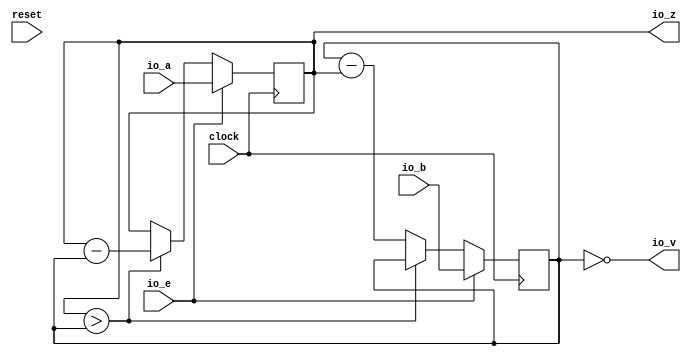
module GCD( // @[:@3.2]
  input         clock, // @[:@4.4]
  input         reset, // @[:@5.4]
  input  [15:0] io_a, // @[:@6.4]
  input  [15:0] io_b, // @[:@6.4]
  input         io_e, // @[:@6.4]
  output [15:0] io_z, // @[:@6.4]
  output        io_v // @[:@6.4]
);
`ifdef RANDOMIZE_REG_INIT
  reg [31:0] _RAND_0;
  reg [31:0] _RAND_1;
`endif // RANDOMIZE_REG_INIT
  reg [15:0] x; // @[GCD.scala 17:15:@11.4]
  reg [15:0] y; // @[GCD.scala 18:15:@12.4]
  wire  _T_9 = x > y; // @[GCD.scala 20:11:@13.4]
  wire [15:0] _T_12 = x - y; // @[GCD.scala 20:25:@17.6]
  wire  _T_14 = ~_T_9; // @[GCD.scala 20:16:@20.4]
  wire [15:0] _T_17 = y - x; // @[GCD.scala 21:25:@24.6]
  assign io_z = x;
  assign io_v = y == 16'h0; // @[GCD.scala 25:13:@32.4]
  always @(posedge clock) begin
    if (io_e) begin // @[GCD.scala 23:15:@27.4]
      x <= io_a;
    end else if (_T_9) begin // @[GCD.scala 20:16:@14.4]
      x <= _T_12;
    end
    if (io_e) begin // @[GCD.scala 23:15:@27.4]
      y <= io_b;
    end else if (_T_14) begin // @[GCD.scala 21:16:@21.4]
      y <= _T_17;
    end
  end
// Register and memory initialization
`ifdef RANDOMIZE_GARBAGE_ASSIGN
`define RANDOMIZE
`endif
`ifdef RANDOMIZE_INVALID_ASSIGN
`define RANDOMIZE
`endif
`ifdef RANDOMIZE_REG_INIT
`define RANDOMIZE
`endif
`ifdef RANDOMIZE_MEM_INIT
`define RANDOMIZE
`endif
`ifndef RANDOM
`define RANDOM $random
`endif
`ifdef RANDOMIZE_MEM_INIT
  integer initvar;
`endif
`ifndef SYNTHESIS
`ifdef FIRRTL_BEFORE_INITIAL
`FIRRTL_BEFORE_INITIAL
`endif
initial begin
  `ifdef RANDOMIZE
    `ifdef INIT_RANDOM
      `INIT_RANDOM
    `endif
    `ifndef VERILATOR
      `ifdef RANDOMIZE_DELAY
        #`RANDOMIZE_DELAY begin end
      `else
        #0.002 begin end
      `endif
    `endif
`ifdef RANDOMIZE_REG_INIT
  _RAND_0 = {1{`RANDOM}};
  x = _RAND_0[15:0];
  _RAND_1 = {1{`RANDOM}};
  y = _RAND_1[15:0];
`endif // RANDOMIZE_REG_INIT
  `endif // RANDOMIZE
end // initial
`ifdef FIRRTL_AFTER_INITIAL
`FIRRTL_AFTER_INITIAL
`endif
`endif // SYNTHESIS
endmodule